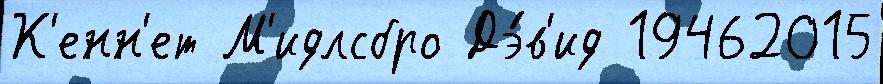
К'енн'ет М'идлсбро Дэ́в'ид 19462015